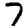
Digit: 7